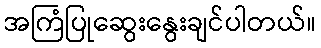
အကြံပြုဆွေးနွေးချင်ပါတယ်။